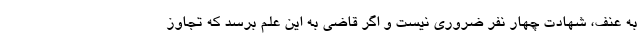
به عنف، شهادت چهار نفر ضروری نیست و اگر قاضی به این علم برسد که تجاوز